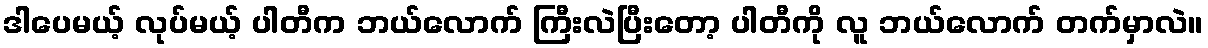
ဒါပေမယ့် လုပ်မယ့် ပါတီက ဘယ်လောက် ကြီးလဲပြီးတော့ ပါတီကို လူ ဘယ်လောက် တက်မှာလဲ။